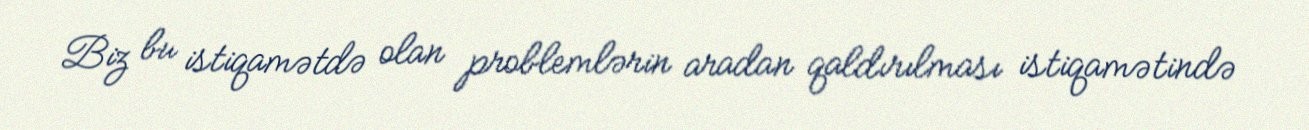
Biz bu istiqamətdə olan problemlərin aradan qaldırılması istiqamətində